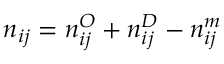
n _ { i j } = n _ { i j } ^ { O } + n _ { i j } ^ { D } - n _ { i j } ^ { m }